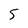
Character: 5